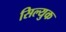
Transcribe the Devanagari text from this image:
सिल्युक